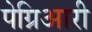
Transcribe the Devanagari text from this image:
पेग्निआरी